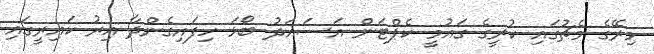
މިރޭގެ މެޗުގައި ކުރީގެ ގައުމީ ކެޕްޓަން އަސައަދު ބޯޅަ ހިފައިގެންދާ އިރު ކައިރީގައި